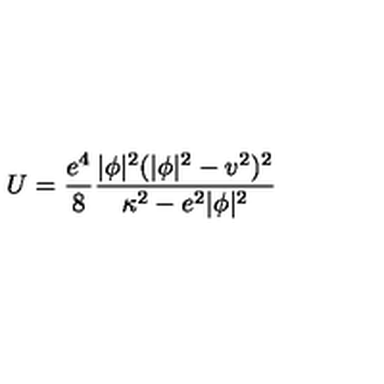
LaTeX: U = \frac { e ^ { 4 } } 8 \frac { | \phi | ^ { 2 } ( | \phi | ^ { 2 } - v ^ { 2 } ) ^ { 2 } } { { \kappa ^ { 2 } } - e ^ { 2 } | \phi | ^ { 2 } }